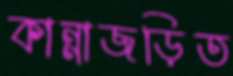
কান্নাজড়িত